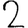
Digit: 2